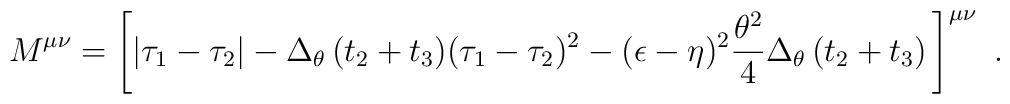
M^{\mu\nu}= \left[ \vert \tau_1 -\tau_2 \vert- \Delta_\theta\,(t_2+t_3)(\tau_1-\tau_2)^2 -(\epsilon-\eta)^2{\theta^2\over4}\Delta_\theta\, (t_2+t_3)\, \right]^{\mu\nu}\ .